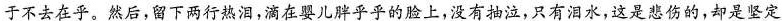
于不去在乎。然后，留下两行热泪，滴在婴儿胖乎乎的脸上，没有抽泣，只有泪水，这是悲伤的，却是坚定